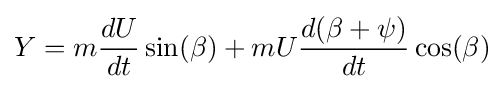
Y=m{\frac {dU}{dt}}\sin(\beta )+mU{\frac {d(\beta +\psi )}{dt}}\cos(\beta )